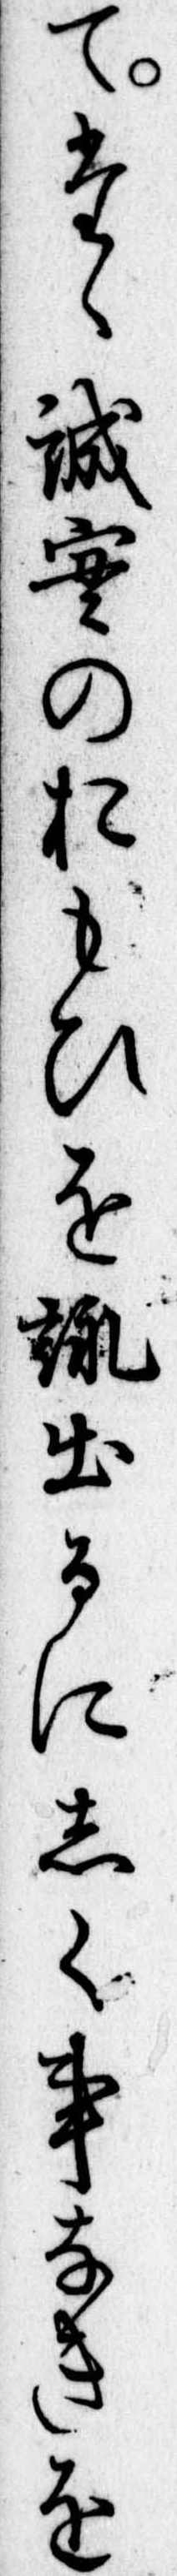
てたゝ誠実のおもひを詠出るにしく事なきを